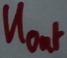
Text: UOut